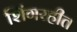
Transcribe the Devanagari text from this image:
शिंगरहीत